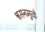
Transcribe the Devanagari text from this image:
श्वसनमुळे